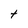
Character: t